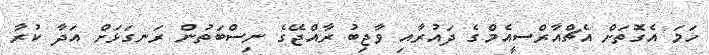
ހަމަ އެގޮތަށް އެޗްއާރްސީއެމްގެ ދައުރާއި ވާޖިބު ރާއްޖޭގެ ނިސްބަތުން ރަނގަޅަށް އަދާ ކުރާ